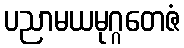
ပညာမယမုဂ္ဂတေဇံ